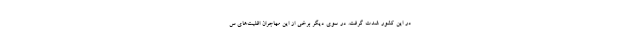
در این کشور شدت گرفت. در سوی دیگر برخی از این مهاجران اقلیت‌های س